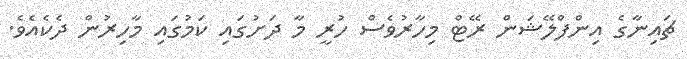
ޗައިނާގެ އިންފްލޭޝަން ރޭޓް މިހާރުވެސް ހުރީ މާ ދަށުގައި ކަމުގައި މާހިރުން ދެކެއެވެ.